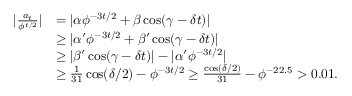
\begin{array} { r l } { | \frac { a _ { t } } { \phi ^ { t / 2 } } | } & { = | \alpha \phi ^ { - 3 t / 2 } + \beta \cos ( \gamma - \delta t ) | } \\ & { \ge | \alpha ^ { \prime } \phi ^ { - 3 t / 2 } + \beta ^ { \prime } \cos ( \gamma - \delta t ) | } \\ & { \ge | \beta ^ { \prime } \cos ( \gamma - \delta t ) | - | \alpha ^ { \prime } \phi ^ { - 3 t / 2 } | } \\ & { \ge \frac { 1 } { 3 1 } \cos ( \delta / 2 ) - \phi ^ { - 3 t / 2 } \ge \frac { \cos ( \delta / 2 ) } { 3 1 } - \phi ^ { - 2 2 . 5 } > 0 . 0 1 . } \end{array}